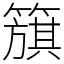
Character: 簱